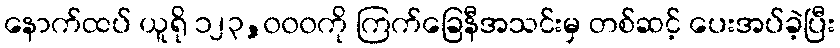
နောက်ထပ် ယူရို ၁၂၃,၀၀၀ကို ကြက်ခြေနီအသင်းမှ တစ်ဆင့် ပေးအပ်ခဲ့ပြီး